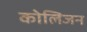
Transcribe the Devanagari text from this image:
कोलिजन